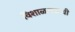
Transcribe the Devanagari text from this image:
विशाळगडाची